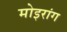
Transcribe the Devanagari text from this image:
मोइरांग